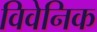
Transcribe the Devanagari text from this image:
विवेनिक